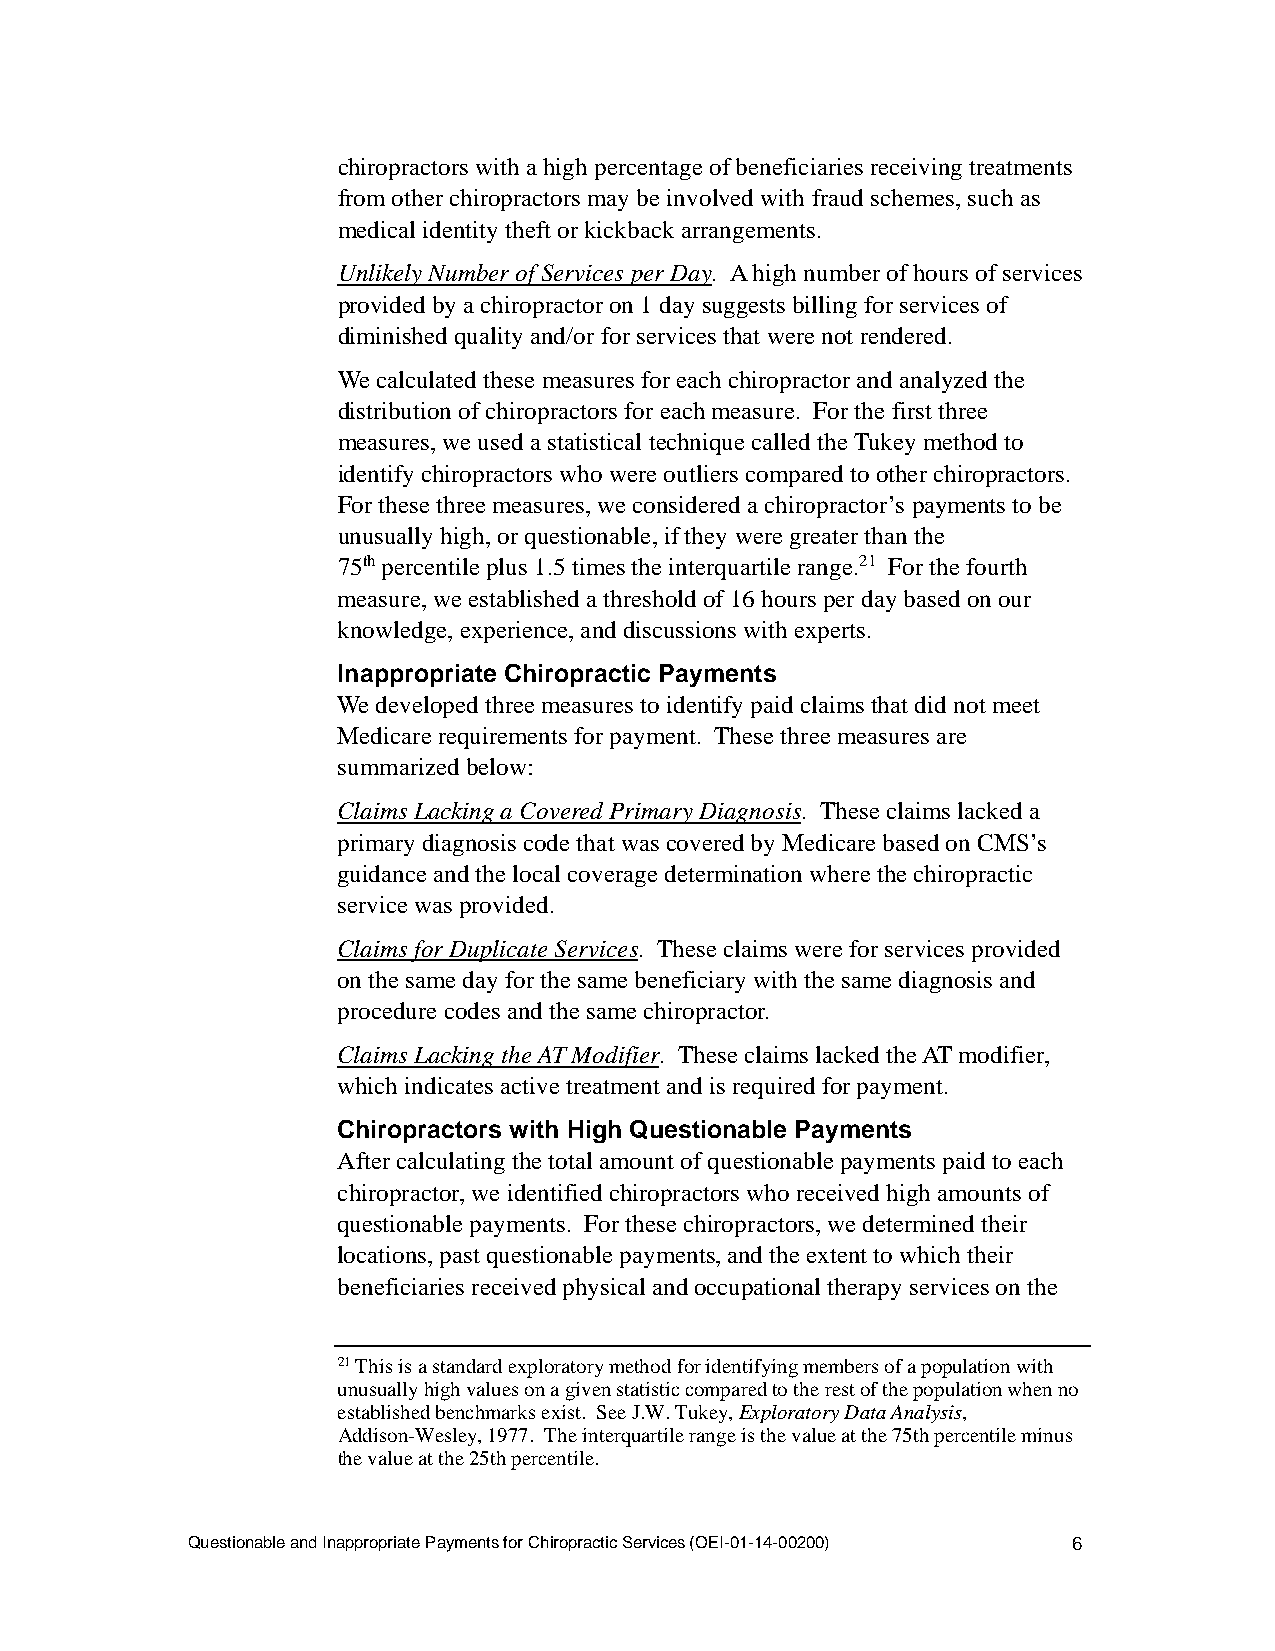
chiropractors with a high percentage of beneficiaries receiving treatments
 from other chiropractors may be involved with fraud schemes, such as
 medical identity theft or kickback arrangements.
 Unlikely Number of Services per Day. A high number of hours of services
 provided by a chiropractor on 1 day suggests billing for services of
 diminished quality and/or for services that were not rendered.
 We calculated these measures for each chiropractor and analyzed the
 distribution of chiropractors for each measure. For the first three
 measures, we used a statistical technique called the Tukey method to
 identify chiropractors who were outliers compared to other chiropractors.
 For these three measures, we considered a chiropractor’s payments to be
 unusually high, or questionable, if they were greater than the
 75th percentile plus 1.5 times the interquartile range.21 For the fourth
 measure, we established a threshold of 16 hours per day based on our
 knowledge, experience, and discussions with experts.
 Inappropriate Chiropractic Payments
 We developed three measures to identify paid claims that did not meet
 Medicare requirements for payment. These three measures are
 summarized below:
 Claims Lacking a Covered Primary Diagnosis. These claims lacked a
 primary diagnosis code that was covered by Medicare based on CMS’s
 guidance and the local coverage determination where the chiropractic
 service was provided.
 Claims for Duplicate Services. These claims were for services provided
 on the same day for the same beneficiary with the same diagnosis and
 procedure codes and the same chiropractor.
 Claims Lacking the AT Modifier. These claims lacked the AT modifier,
 which indicates active treatment and is required for payment.
 Chiropractors with High Questionable Payments
 After calculating the total amount of questionable payments paid to each
 chiropractor, we identified chiropractors who received high amounts of
 questionable payments. For these chiropractors, we determined their
 locations, past questionable payments, and the extent to which their
 beneficiaries received physical and occupational therapy services on the
 21 This is a standard exploratory method for identifying members of a population with
 unusually high values on a given statistic compared to the rest of the population when no
 established benchmarks exist. See J.W. Tukey, Exploratory Data Analysis,
 Addison-Wesley, 1977. The interquartile range is the value at the 75th percentile minus
 the value at the 25th percentile.
 Questionable and Inappropriate Payments for Chiropractic Services (OEI-01-14-00200) 6